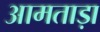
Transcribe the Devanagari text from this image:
आमताड़ा